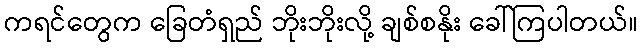
ကရင်တွေက ခြေတံရှည် ဘိုးဘိုးလို့ ချစ်စနိုး ခေါ်ကြပါတယ်။